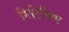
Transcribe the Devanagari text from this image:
गिरिविण